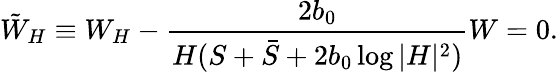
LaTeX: \tilde{W}_{H}\equiv W_{H}-\frac{2b_{0}}{H(S+\bar{S}+2b_{0}\log|H|^{2})}W=0.